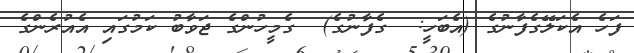
ފަހެ އެކަލޭގެފާނުގެ (އެބަހީ:  ގެފާނުގެ)  ގެމީހުންގެ ޖަވާބު ކަމުގައި އެއުރެންގެ